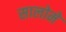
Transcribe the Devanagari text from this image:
सालोमे